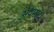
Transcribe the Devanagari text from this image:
अप्रमाद।